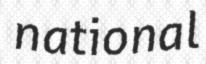
national